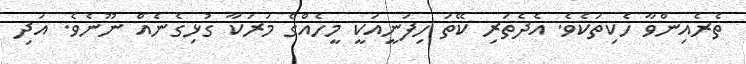
ތެރެއިންވާ ހެކިތަކެވެ. އެދެތަރި ކޭތަ ހިފަނީއަކީ މީހެއްގެ މަރަކާ ގުޅިގެނެއް ނޫނެވެ. އަދި